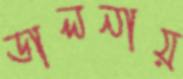
ডালনায়